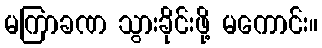
မကြာခဏ သွားခိုင်းဖို့ မကောင်း။